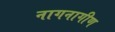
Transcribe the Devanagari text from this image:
नागनागीण